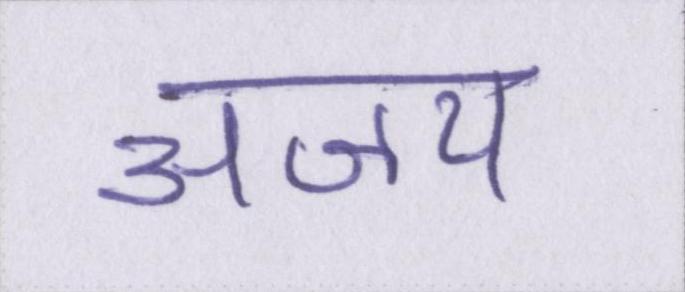
अजय